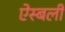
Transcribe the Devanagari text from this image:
ऐस्बली